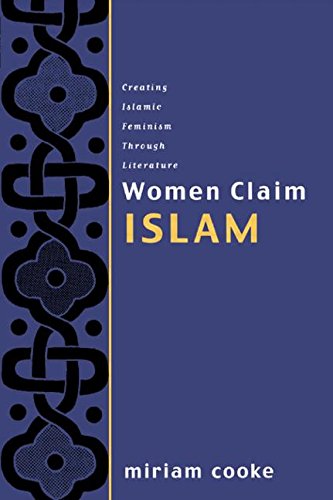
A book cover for Women Claim Islam: Creating Islamic Feminism Through Literature; Miriam Cooke; Religion & Spirituality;